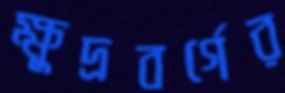
ক্ষুদ্রবর্গের